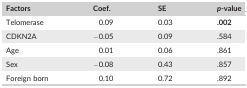
<table><thead><tr><td><b>Factors</b></td><td><b>Coef.</b></td><td><b>SE</b></td><td><b><i>p</i>‐value</b></td></tr></thead><tbody><tr><td>Telomerase</td><td>0.09</td><td>0.03</td><td><b>.002</b></td></tr><tr><td>CDKN2A</td><td>−0.05</td><td>0.09</td><td>.584</td></tr><tr><td>Age</td><td>0.01</td><td>0.06</td><td>.861</td></tr><tr><td>Sex</td><td>−0.08</td><td>0.43</td><td>.857</td></tr><tr><td>Foreign born</td><td>0.10</td><td>0.72</td><td>.892</td></tr></tbody></table>